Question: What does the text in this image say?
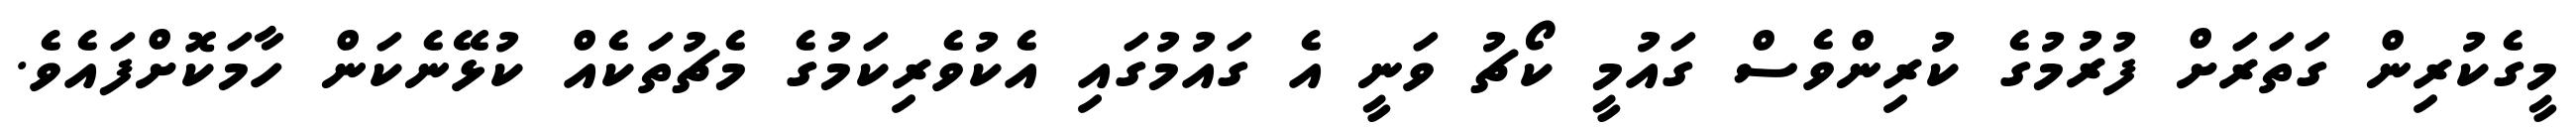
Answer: މީގެކުރިން ގަތަރަށް ފުރުމުގެ ކުރިންވެސް ގައުމީ ކޯޗު ވަނީ އެ ގައުމުގައި އެކުވެރިކަމުގެ މެޗުތަކެއް ކުޅޭނެކަން ހާމަކޮށްފައެވެ.